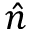
\hat { n }